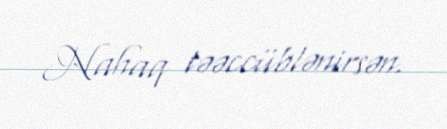
Nahaq təəccüblənirsən.